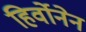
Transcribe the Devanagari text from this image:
हिर्वोनेन